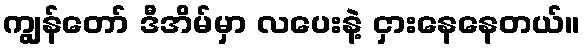
ကျွန်တော် ဒီအိမ်မှာ လပေးနဲ့ ငှားနေနေတယ်။